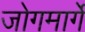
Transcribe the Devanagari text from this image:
जोगमार्गे